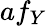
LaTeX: af_{Y}